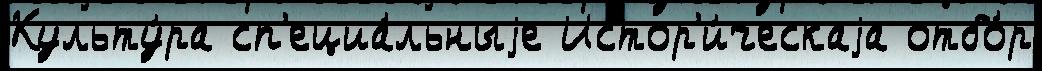
Культу́ра сп'ециа́льныjе Истор'и́ческаjа отбо́р